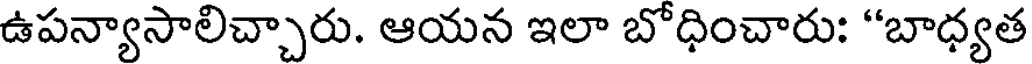
ఉపన్యాసాలిచ్చారు. ఆయన ఇలా బోధించారు: "బాధ్యత